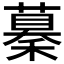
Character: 𥢞